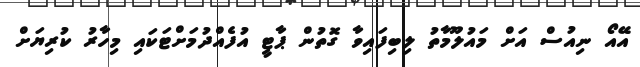
އޭއޯ ނިއުސް އަށް މައުލޫމާތު ލިބިފައިވާ ގޮތުން ޕާޓީ އުފެއްދުމަށްޓަކައި މިހާރު ކުރިޔަށް